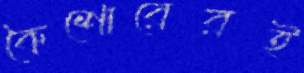
কৈশোরেরই